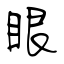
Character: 眼